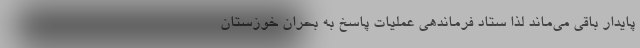
پایدار باقی می‌ماند لذا ستاد فرماندهی عملیات پاسخ به بحران خوزستان